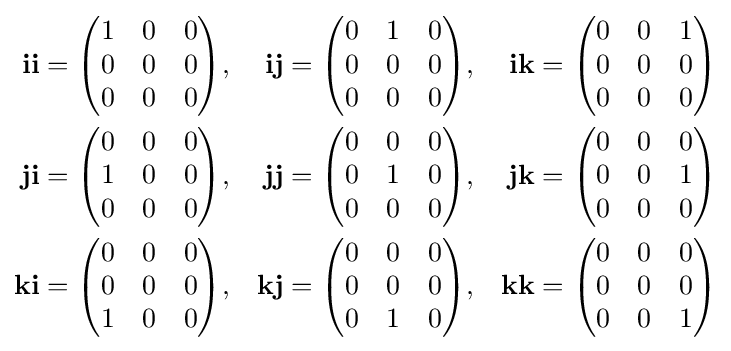
{\begin{aligned}\mathbf {ii} &={\begin{pmatrix}1&0&0\\0&0&0\\0&0&0\end{pmatrix}},&\mathbf {ij} &={\begin{pmatrix}0&1&0\\0&0&0\\0&0&0\end{pmatrix}},&\mathbf {ik} &={\begin{pmatrix}0&0&1\\0&0&0\\0&0&0\end{pmatrix}}\\\mathbf {ji} &={\begin{pmatrix}0&0&0\\1&0&0\\0&0&0\end{pmatrix}},&\mathbf {jj} &={\begin{pmatrix}0&0&0\\0&1&0\\0&0&0\end{pmatrix}},&\mathbf {jk} &={\begin{pmatrix}0&0&0\\0&0&1\\0&0&0\end{pmatrix}}\\\mathbf {ki} &={\begin{pmatrix}0&0&0\\0&0&0\\1&0&0\end{pmatrix}},&\mathbf {kj} &={\begin{pmatrix}0&0&0\\0&0&0\\0&1&0\end{pmatrix}},&\mathbf {kk} &={\begin{pmatrix}0&0&0\\0&0&0\\0&0&1\end{pmatrix}}\end{aligned}}